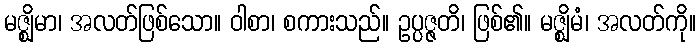
မဇ္ဈိမာ၊ အလတ်ဖြစ်သော။ ဝါစာ၊ စကားသည်။ ဥပ္ပဇ္ဇတိ၊ ဖြစ်၏။ မဇ္ဈိမံ၊ အလတ်ကို။